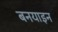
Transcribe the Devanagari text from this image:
बनयाइन